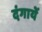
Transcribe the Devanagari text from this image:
दंगायें